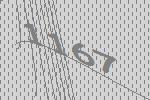
1167